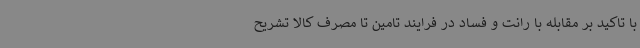
با تاکید بر مقابله با رانت و فساد در فرایند تامین تا مصرف کالا تشریح